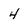
Character: 4